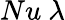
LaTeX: Nu~\lambda